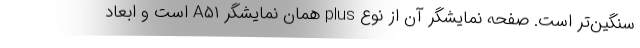
سنگین‌تر است. صفحه نمایشگر آن از نوع plus همان نمایشگر A۵۱ است و ابعاد